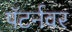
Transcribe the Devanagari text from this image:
पॅटर्नवर